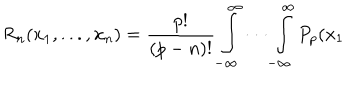
R _ { n } ( x _ { 1 } , . . . , x _ { n } ) = \frac { p ! } { \left( p - n \right) ! } \int _ { - \infty } ^ { \infty } \cdot \cdot \cdot \int _ { - \infty } ^ { \infty } P _ { p } ( x _ { 1 }